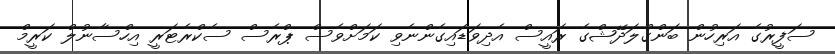
ސަފީރުގެ އަރިހުން ބަންގްލަދޭޝްގެ ރައީސް އެދިވަޑައިގެންނެވި ކަމަށްވެސް ޕްރެސް ސެކްރެޓަރީ އިހްސާނުލް ކަރީމް